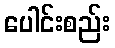
ပေါင်းစည်း